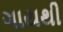
ગાયથી